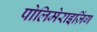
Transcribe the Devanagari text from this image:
पोलिमेराइज़िंग